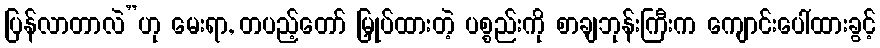
ပြန်လာတာလဲ”ဟု မေးရာ, တပည့်တော် မြှုပ်ထားတဲ့ ပစ္စည်းကို စာချဘုန်းကြီးက ကျောင်းပေါ်ထားခွင့်